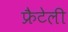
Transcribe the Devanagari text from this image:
फ्रैटेली